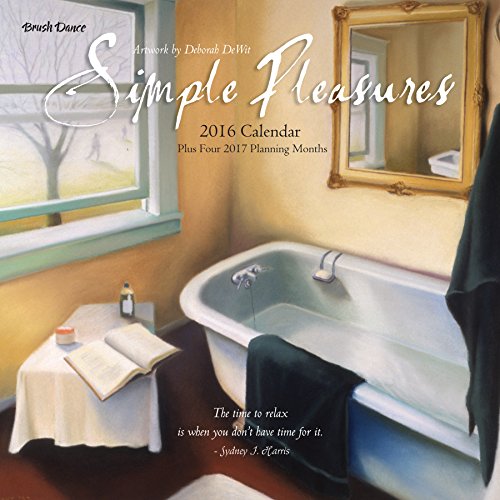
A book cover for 2016 Simple Pleasures Wall Calendar; Brush Dance and Deborah DeWit; Calendars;